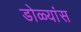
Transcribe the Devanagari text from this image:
डोळ्यांस